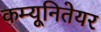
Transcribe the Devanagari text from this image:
कम्यूनितेयर